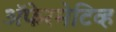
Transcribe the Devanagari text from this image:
ॲफेरमेटिव्ह